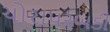
ચોરાપરબડી